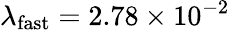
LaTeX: \lambda_{\mathrm{fast}}=2.78\times 10^{-2}